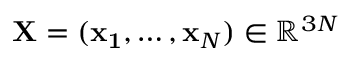
{ \bf X } = ( { \bf x _ { 1 } } , \dots , { \bf x } _ { N } ) \in { \mathbb R } ^ { 3 N }